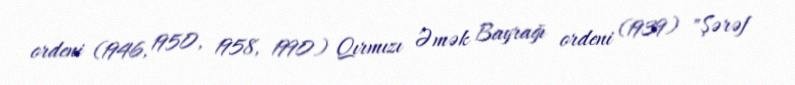
ordeni (1946, 1950, 1958, 1990) Qırmızı Əmək Bayrağı ordeni (1939) "Şərəf